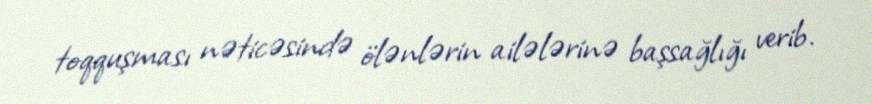
toqquşması nəticəsində ölənlərin ailələrinə başsağlığı verib.